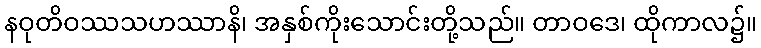
နဝုတိဝဿသဟဿာနိ၊ အနှစ်ကိုးသောင်းတို့သည်။ တာဝဒေ၊ ထိုကာလ၌။